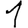
Digit: 1